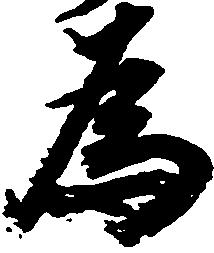
為